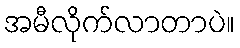
အမီလိုက်လာတာပဲ။